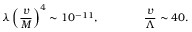
\lambda \left( \frac { v } { M } \right) ^ { 4 } \sim 1 0 ^ { - 1 1 } , \qquad \qquad \frac { v } { \Lambda } \sim 4 0 .